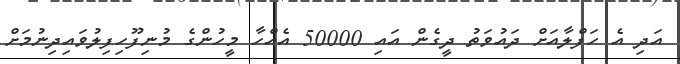
އަދި އެ ހަފްލާއަށް ދައުވަތު ދީގެން އައި 50000 އެއްހާ މީހުންގެ މުނިފޫހިފިލުވައިދިނުމަށް